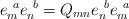
LaTeX: \begin{align*}e_m^{\ a}e_n^{\ b}=Q_{mn}e_n^{\ b}e_m^{\ a} \end{align*}